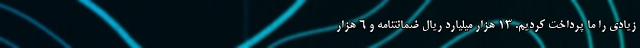
زیادی را ما پرداخت کردیم. 13 هزار میلیارد ریال ضمانتنامه و 6 هزار